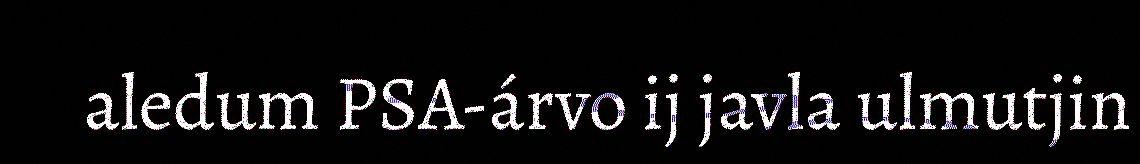
aledum PSA-árvo ij javla ulmutjin